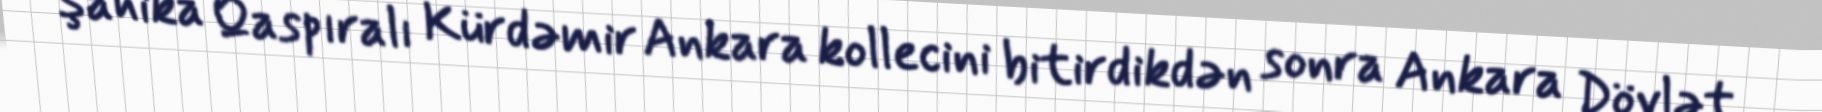
Şahika Qaspıralı Kürdəmir Ankara kollecini bitirdikdən sonra Ankara Dövlət